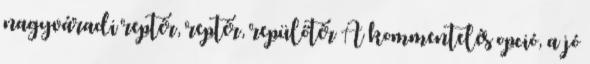
nagyváradi reptér, reptér, repülőtér A kommentelés opció, a jó